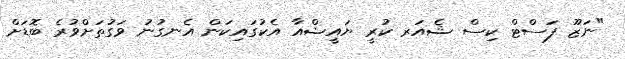
"ނަޒޫ ފަސްޓް ކިސް ޝެއަރ ކުރީ ޔައީޝްއާ އެކުގައިކަން އެނގުނު ވަގުތަށްވުރެ ބޮޑަށް